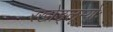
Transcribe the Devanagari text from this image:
रखोङ्लूम्योः